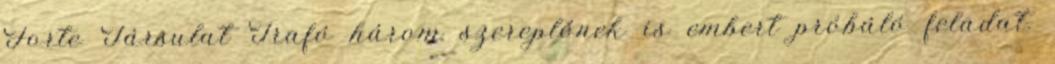
Forte Társulat Trafó három szereplőnek is embert próbáló feladat.